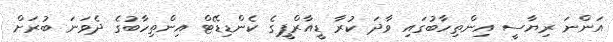
އަންނަ ރިޔާސީ އިންތިހާބުގައި ވާދަ ކުރާ ޑީއާރްޕީގެ ކެންޑިޑޭޓް އިންތިހާބުގެ ދެވަނަ ބުރަށް